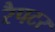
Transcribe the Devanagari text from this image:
रैपटर